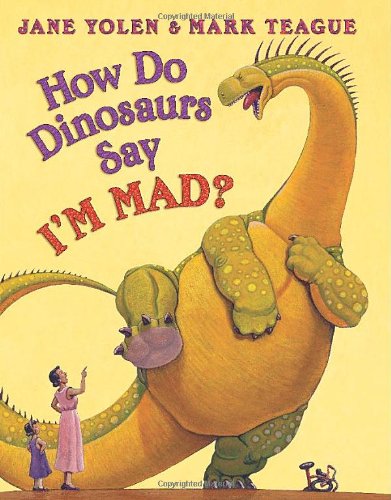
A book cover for How Do Dinosaurs Say I'm Mad!; Jane Yolen; Children's Books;